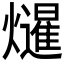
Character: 𭶤